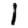
Digit: 1